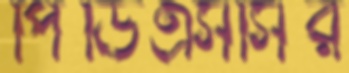
পিডিএসসির